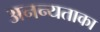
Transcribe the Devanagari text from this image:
अनन्यताका